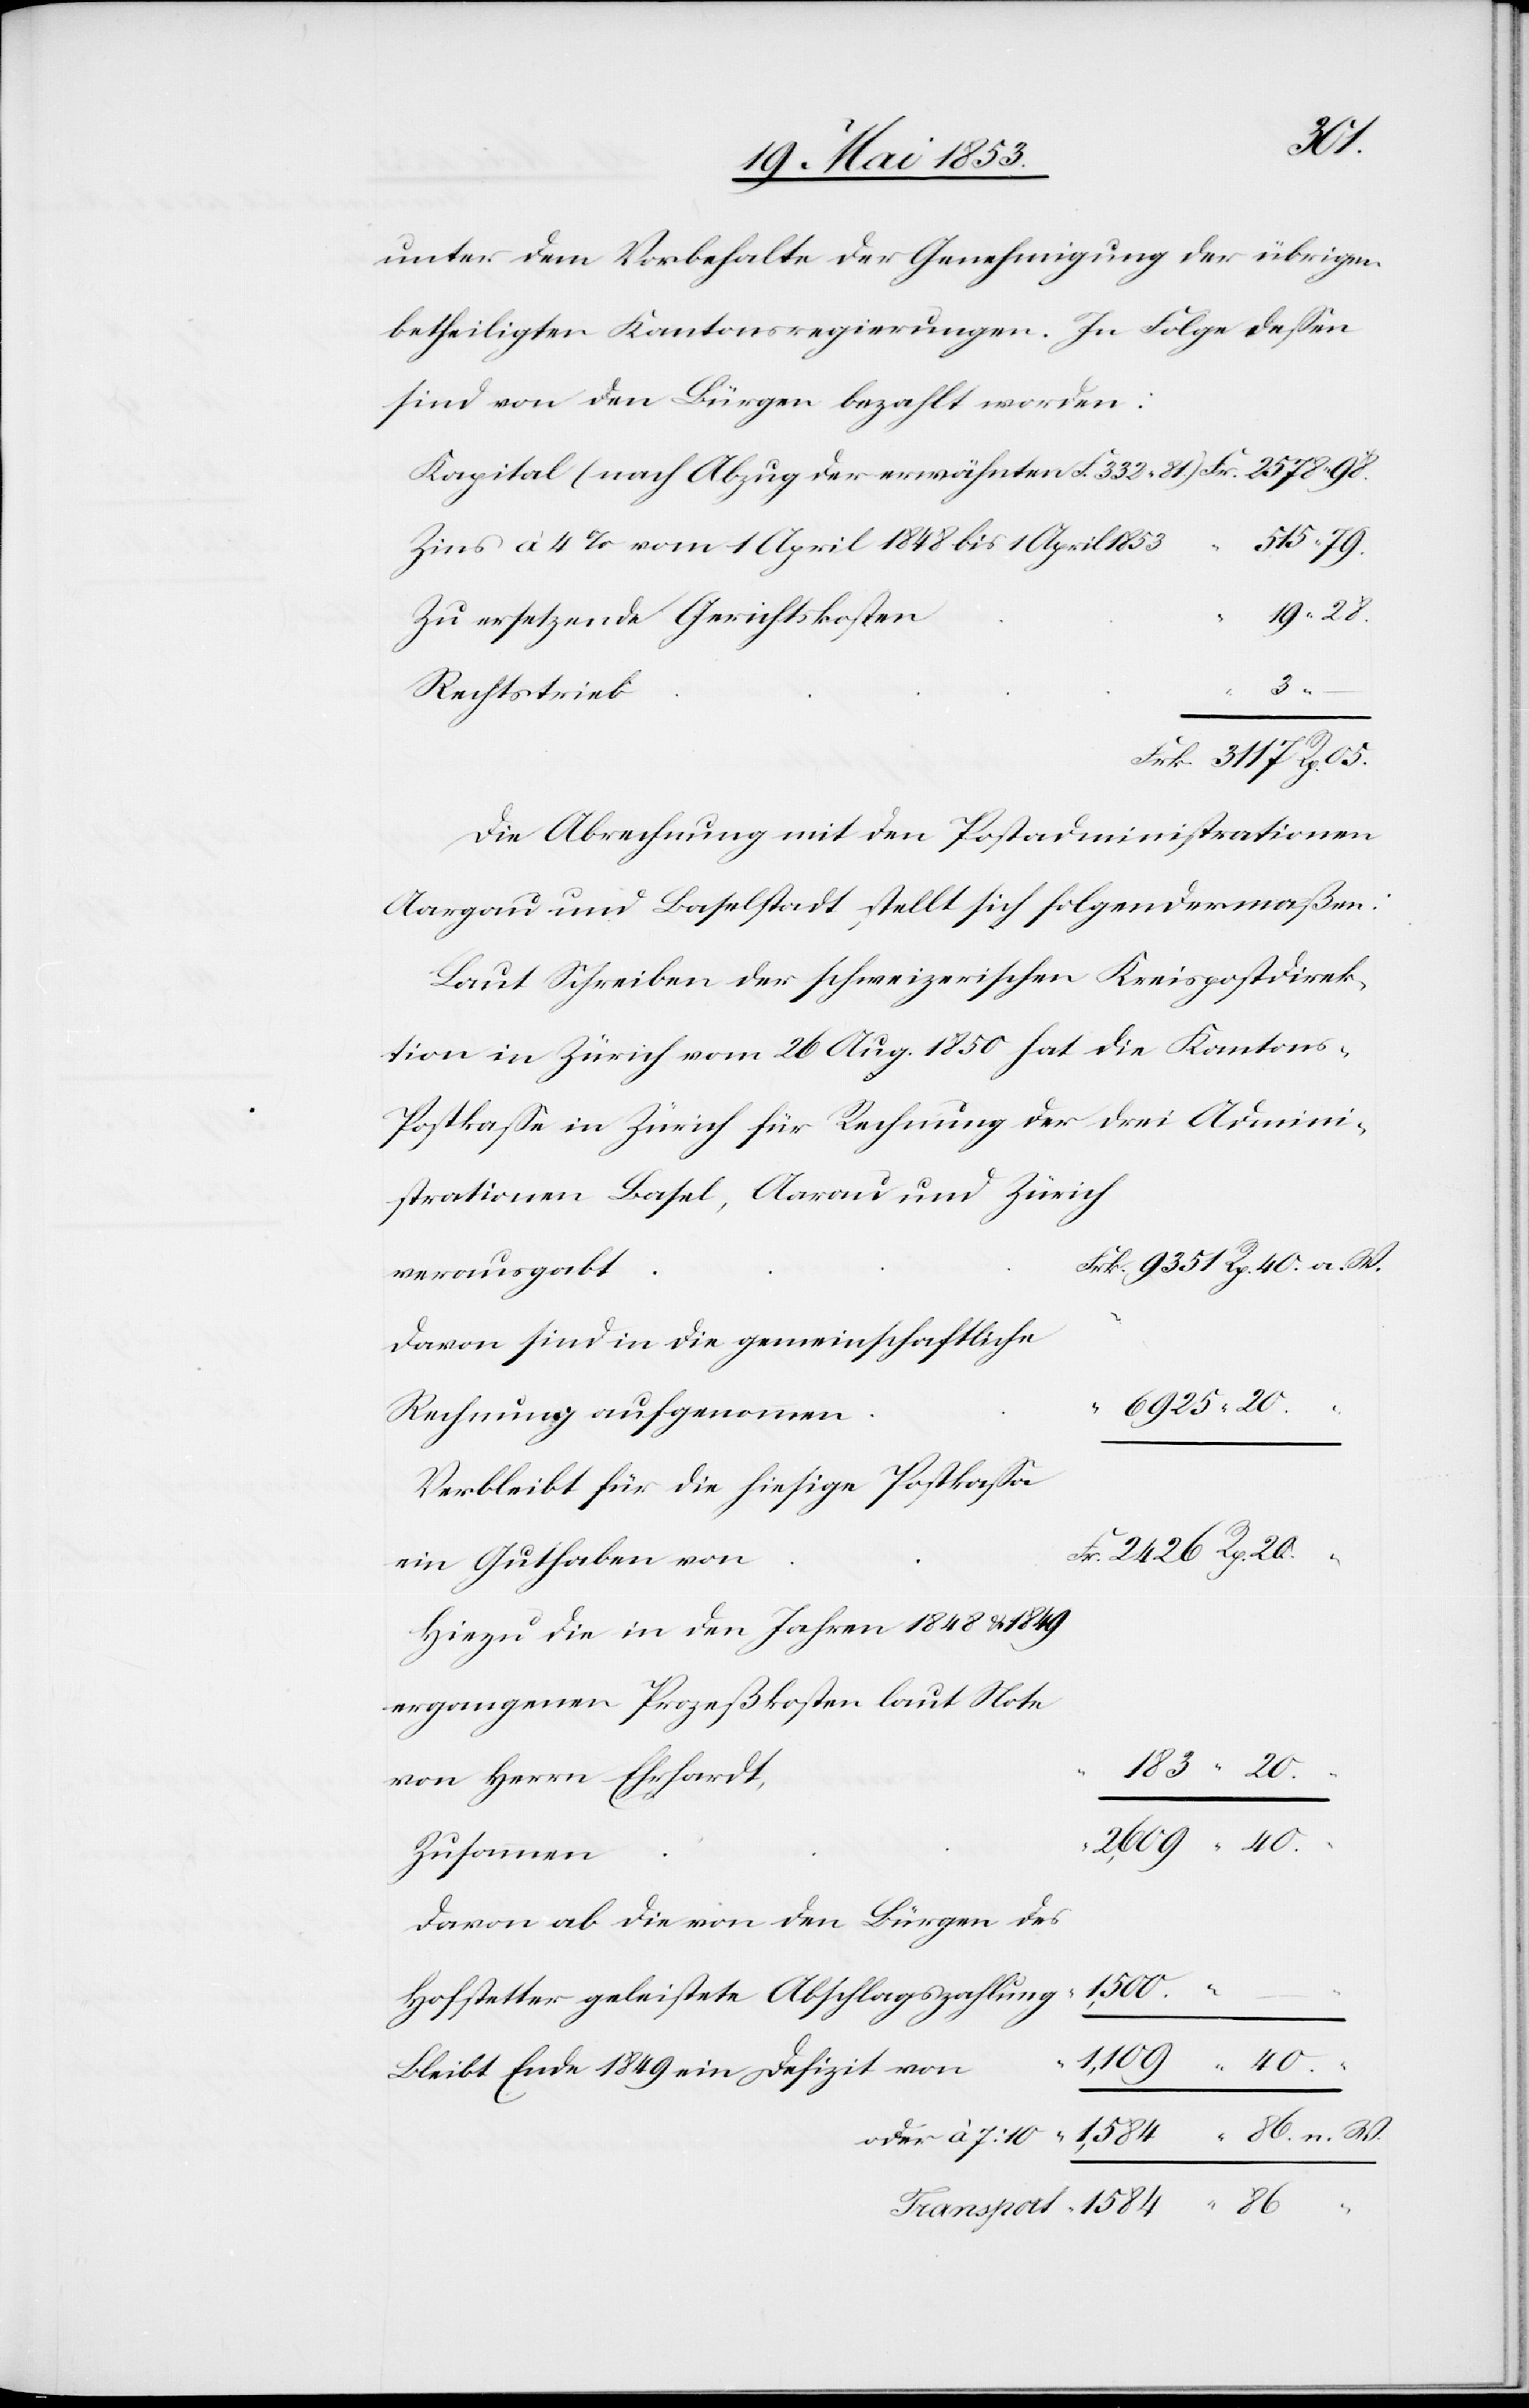
unter dem Vorbehalte der Genehmigung der übrigen
betheiligten Kantonsregierungen. In Folge deßen
sind von den Bürgen bezahlt worden:
Kapital (nach Abzug der erwähnten F. 332,81) 				Fr.
Zins à 4 % vom 1 April 1848 bis 1 April
–
Frk. 3117 Rp. 05.
Die Abrechnung mit den Postadministrationen
Aargau und Baselstadt, stellt sich folgendermaßen:
Laut Schreiben der schweizerischen Kreispostdirek¬
tion in Zürich vom 26 Aug. 1850 hat die Kantons-P¬
ostkaße in Zürich für Rechnung der drei Admini¬
strationen, Basel, Aarau und Zürich
davon sind in die gemeinschaftliche
Verbleibt für die hiesige Postkaßa
Hiezu die in den Jahren 1848 u. 1849
Davon ab die von den Bürgen des
W.